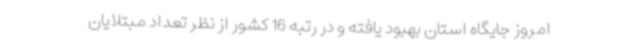
امروز جایگاه استان بهبود یافته و در رتبه 16 کشور از نظر تعداد مبتلایان